Scientific memoirs by medical officers of the Army of India - Part XI,
Year: 1898
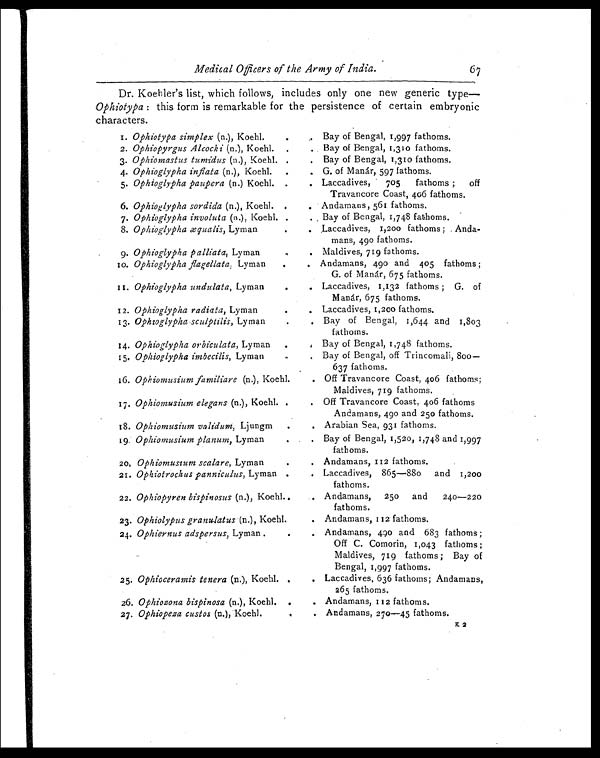
Medical Officers of the Army of India. 67
Dr. Koehler's list, which follows, includes only one new generic type
— O p h i o t y p a
: t h i s f o r m i s r e m a r k a b l e f o r t h e p e r s i s t e n c e o f c e r t a i n e m b r y o n i c
characters.
1. Ophiotypa simplex (n.), Koehl.
.
. Bay of Bengal, 1,997 fathoms.
2. Ophiopyrgus Alcocki (n.), Koehl. .
. Bay of Bengal, 1,310 fathoms.
3. Ophiomastus tumidus (n.), Koehl. .
. Bay of Bengal, 1,310 fathoms.
4. Ophioglypha inflata (n.), Koehl.
.
. G. of Manár, 597 fathoms.
5. Ophioglypha paupera (n.) Koehl. .
. Laccadives, 705 fathoms; off
Travancore Coast, 406 fathoms.
6. Ophioglypha sordida (n.), Koehl. .
. Andamans, 561 fathoms.
7. Ophioglypha involuta (n.), Koehl. .
. Bay of Bengal, 1,748 fathoms.
8. Ophioglypha æqualis, Lyman.
. Laccadives, 1,200 fathoms; Anda-
mans, 490 fathoms.
9. Ophioglypha palliata, Lyman .
. Maldives, 719 fathoms.
10. Ophioglypha flagellata, Lyman
.
. Andamans, 490 and 405 fathoms;
G. of Manár, 675 fathoms.
11. Ophioglypha undulata, Lyman
.
. Laccadives, 1,132 fathoms; G. of
Manár, 675 fathoms.
12. Ophioglypha radiata, Lyman
.
. Laccadives, 1,200 fathoms.
13. Ophioglypha sculptilis, Lyman.
. Bay of Bengal, 1,644 and 1,803
fathoms.
14. Ophioglypha orbiculata, Lyman
.
.
Bay of Bengal, 1,748 fathoms.
15. Ophioglypha imbecilis, Lyman
.
.
Bay of Bengal, off Trincomali,
800—
637 fathoms.
16. Ophiomusium familiare (n.), Koehl.
. Off Travancore Coast, 406 fathoms;
Maldives, 719 fathoms.
17. Ophionzusium elegans (n.), Koehl. .
. Off Travancore Coast, 406 fathoms
Andamans, 490 and 250 fathoms.
18. Ophiomusium validum, Ljungm
.
. Arabian Sea, 931 fathoms.
19. Ophiomusium planum, Lyman
. .
Bay of Bengal, 1,520, 1,748 and 1,997
fathoms.
20. Ophiomusium scalare, Lyman
.
. Andamans, 112 fathoms.
21. Ophiotrochus panniculus, Lyman .
. Laccadives, 865—880 and 1,200
fathoms.
22. Ophiopyren bispinosus (n.), Koehl..
. Andamans, 250 and 240—220
fathoms.
23. Ophiolypus granulatus (n.), Koehl.
. Andamans, 112 fathoms.
24. Ophiernus adspersus, Lyman .
.
. Andamans, 490 and 683 fathoms;
Off C. Comorin, 1,043 fathoms;
Maldives, 719 fathoms; Bay of
Bengal, 1,997 fathoms.
25. Ophioceramis tenera (n.), Koehl. .
. Laccadives, 636 fathoms; Andamans,
265 fathoms.
26. Ophiozona bispinosa (n.), Koehl. .
. Andamans, 112 fathoms.
27. Ophiopeza custos (n.), Koehl.
.
. Andamans, 270—45 fathoms.
K 2